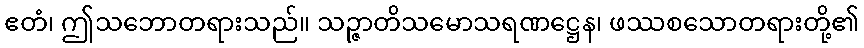
ဧတံ၊ ဤသဘောတရားသည်။ သဉ္ဇာတိသမောသရဏဋ္ဌေန၊ ဖဿစသောတရားတို့၏